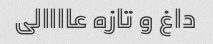
داغ و تازه عاااالی